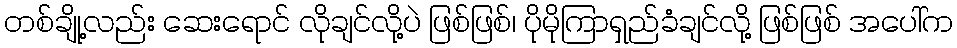
တစ်ချို့လည်း ဆေးရောင် လိုချင်လို့ပဲ ဖြစ်ဖြစ်၊ ပိုမိုကြာရှည်ခံချင်လို့ ဖြစ်ဖြစ် အပေါ်က